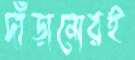
দাঁড়ানোরই